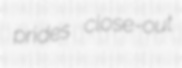
prides close-out